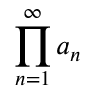
\prod _ { n = 1 } ^ { \infty } a _ { n }